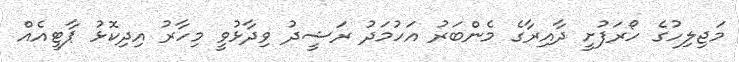
މަޖިލިހުގެ ހޯރަފުށީ ދާއިރާގެ މެންބަރު އަހުމަދު ރަޝީދު ވިދާޅުވީ މިހާރު އިދިކޮޅު ޕާޓީއެއް